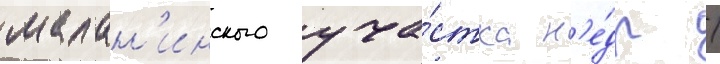
малан'инского уча́стка н'е́др /